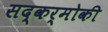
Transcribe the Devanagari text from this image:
सद्कर्मोकी